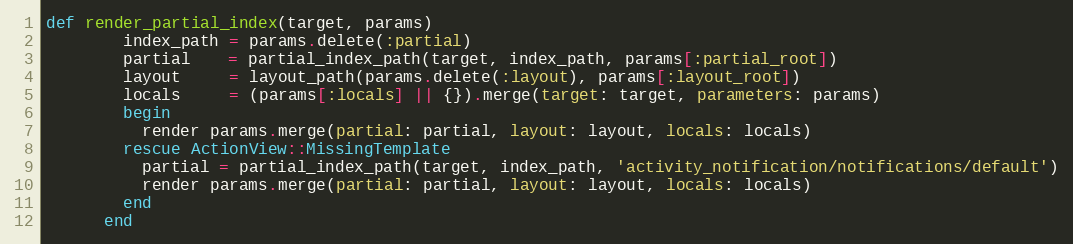
Language: Ruby
def render_partial_index(target, params)
        index_path = params.delete(:partial)
        partial    = partial_index_path(target, index_path, params[:partial_root])
        layout     = layout_path(params.delete(:layout), params[:layout_root])
        locals     = (params[:locals] || {}).merge(target: target, parameters: params)
        begin
          render params.merge(partial: partial, layout: layout, locals: locals)
        rescue ActionView::MissingTemplate
          partial = partial_index_path(target, index_path, 'activity_notification/notifications/default')
          render params.merge(partial: partial, layout: layout, locals: locals)
        end
      end